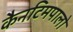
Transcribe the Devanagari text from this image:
कैनटिमपालो